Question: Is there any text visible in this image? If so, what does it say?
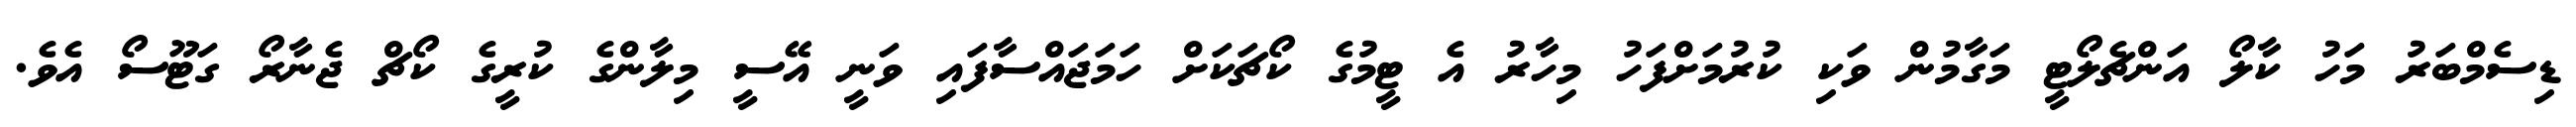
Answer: ޑިސެމްބަރު މަހު ކާލޯ އަންޗެލޯޓީ މަގާމުން ވަކި ކުރުމަށްފަހު މިހާރު އެ ޓީމުގެ ކޯޗަކަށް ހަމަޖައްސާފައި ވަނީ އޭސީ މިލާންގެ ކުރީގެ ކޯޗް ޖެނާރޯ ގަޓޫސޯ އެވެ.